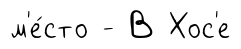
м'е́сто - В Хос'е